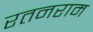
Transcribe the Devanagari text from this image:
रतनराम